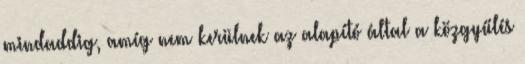
mindaddig, amíg nem kerülnek az alapító által a közgyűlés